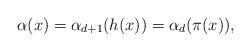
LaTeX: \begin{align*} \alpha(x) &= \alpha_{d+1}(h(x)) = \alpha_{d}(\pi(x)),\end{align*}